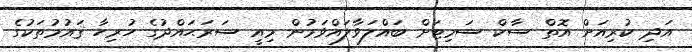
އަދި ކުރިއަށް އޮތް ސާކް ސަމިޓަށް ބައްލަވާލައްވަމުން މިއީ ސަރަޙައްދުގެ ހުރިހާ ޤައުމުތަކުގެ